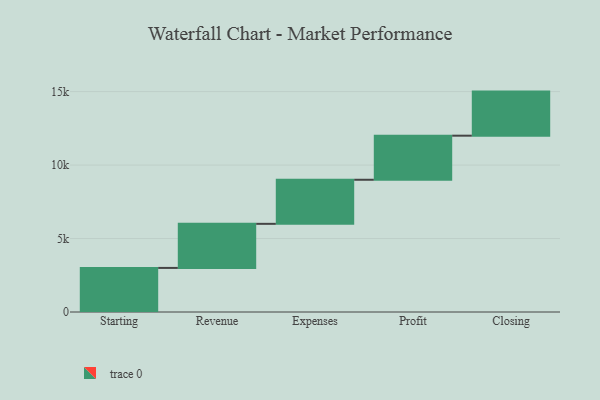
{"axis": {"x": "Step", "y": "Value"}, "legend": [""], "data": [{"x": "Starting", "y": 3000, "type": ""}, {"x": "Revenue", "y": 3000, "type": ""}, {"x": "Expenses", "y": 3000, "type": ""}, {"x": "Profit", "y": 3000, "type": ""}, {"x": "Closing", "y": 3000, "type": ""}]}